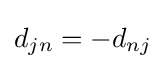
d_{jn}=-d_{nj}